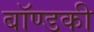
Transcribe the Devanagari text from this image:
बॉण्डकी